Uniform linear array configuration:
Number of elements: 12
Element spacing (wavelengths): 0.75
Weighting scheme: hann
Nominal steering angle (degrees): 15
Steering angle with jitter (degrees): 15.817
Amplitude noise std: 0.05
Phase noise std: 0.05

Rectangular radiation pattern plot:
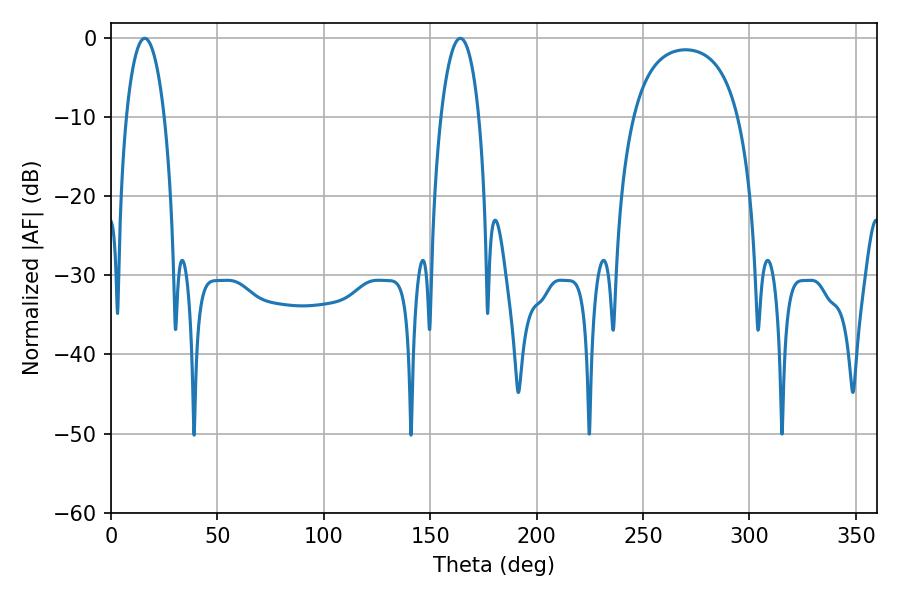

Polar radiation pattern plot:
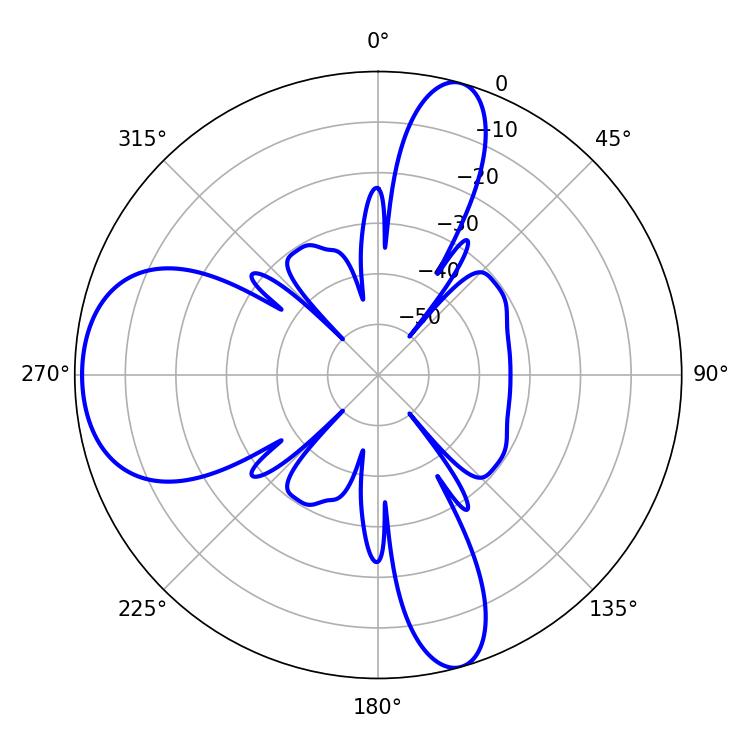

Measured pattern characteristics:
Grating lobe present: TRUE
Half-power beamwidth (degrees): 9.9
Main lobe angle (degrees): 15.84